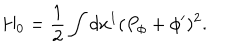
LaTeX: H _ { 0 } = { \frac { 1 } { 2 } } \int d x ^ { 1 } ( P _ { \phi } + \phi ^ { \prime } ) ^ { 2 } .